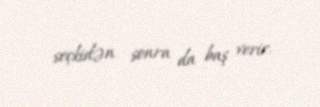
seçkidən sonra da baş verir.